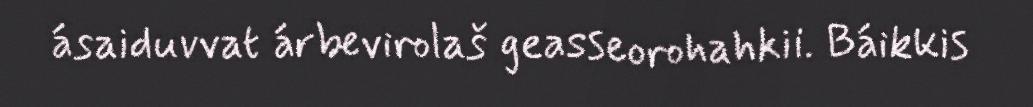
ásaiduvvat árbevirolaš geasseorohahkii. Báikkis